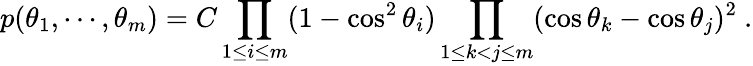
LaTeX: p(\theta_{1},\cdots,\theta_{m})=C\prod_{1\leq i\leq m}(1-\cos^{2}\theta_{i})\prod_{1\leq k<j\leq m}(\cos\theta_{k}-\cos\theta_{j})^{2}~.